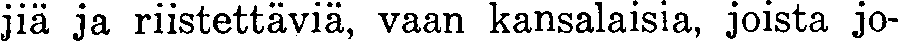
jiä ja riistettäviä, vaan kansalaisia, joista jo-